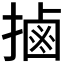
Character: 𢲸